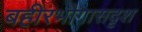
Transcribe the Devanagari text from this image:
बहीरभोगासदृश